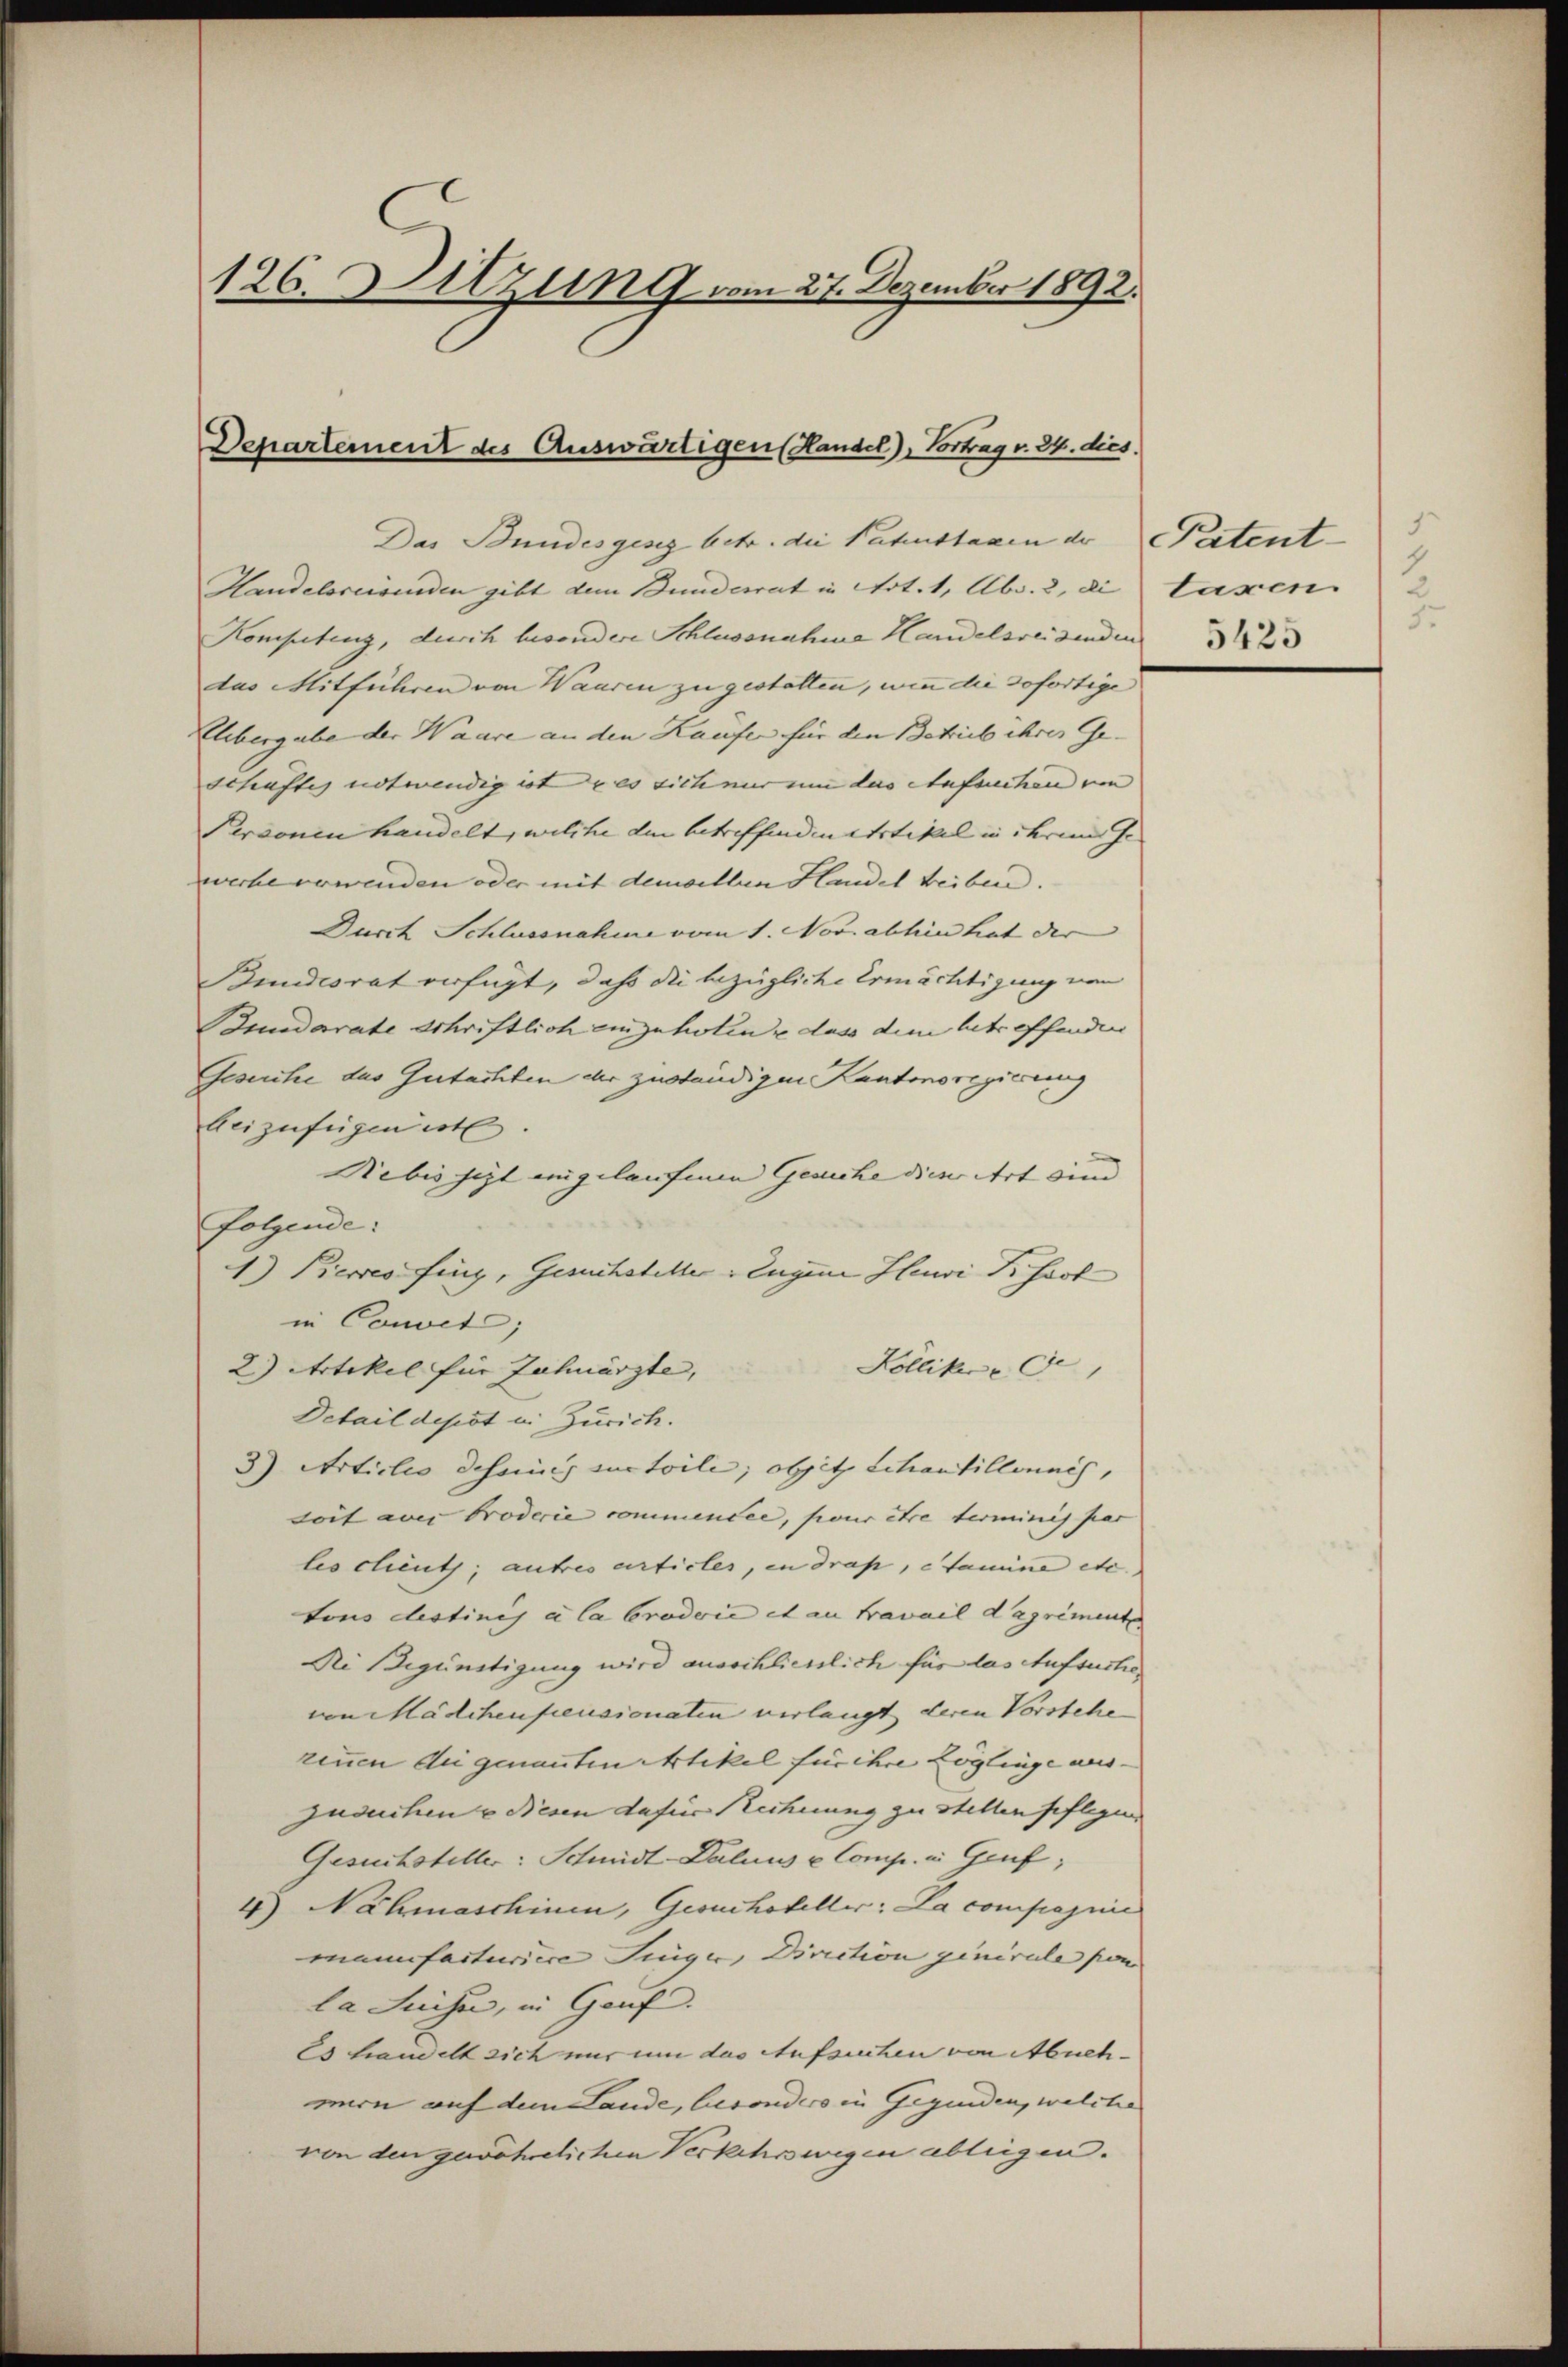
126. Sitzung vom 27. Dezember 1892.

Departement des Auswärtigen (Handel), Vortrag v. 24. dies

das Mitführen von Waaren zu gestatten, wenn die sofortige
Elibergabe der Waare an den Kaufer für den Betrieb ihres Geschaftes notwendig ist u es sich nur um das Aufsuchen von
Personen handelt, welche den betreffenden Artikel in ihrem Ge- |
wecke verwenden oder mit demselben Handel beiben.
Durch Schlussnahme vom 1. Nov. abhin hat der
Bundesrat verfügt, daß die bezügliche Ermächtigung von
Bunderate schriftlich einzuholen, dass dem betreffenden
Gesuche das Gutachten der zuständigen Kantonsregierung
beizufügen ist
Nebis jezt eingelaufenen Gesuche dieser Art und |
folgende:
1) Pieces fing, Gesuchsteller Eugene Heuwi Dr. Hast
in Convet;
Köllike
2) Artikel für Zahnarzte,
Detail depot in Zürich.
3) Articles dessin curtoile; obsitz Schantillonnés,
Loit aver broderie commentée, pour être terminis par |
leschient; autres articles, in drap, etamine etc.
tons destinés à la Crodorie et an Fravail dagriment
Die Begünstigung wird ausschlichtlich für das Aufsuche
von Mädchenfensionaten verlangt deren Vorstehe
rinen dei genannten Artikel für ihre Zöglinge aus- |
zusuchen u diesen dafür rechnung zu stellen pflegen.
Gesuchsteller: Schmidt Dalius u. Comp. a. Genf,
4) Nähmaschinen, Gesuchsteller: La compagnie
manufacturice Singer, Direction ginirule von
la Suche, in Genf.
Es handelt sich nur um das Aufsuchen von Abuch- |
mirn auf dem Lande, besondere in Gegenden, welche
von den gewährlichen Verkehrswegen abliegen.

Das Bundesgenz betr. die Fahnstagen der Patent-
Handelsreisenden gibt dem Bunderrat in Art. 1, Abs. 2, die
Kompetenz, durch besondere Schlussnahme Handelsreisenden

1
taxen